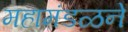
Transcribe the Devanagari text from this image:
महामंडळने